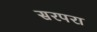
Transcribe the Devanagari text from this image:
सरपरा